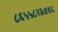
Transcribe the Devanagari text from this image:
८६५५८२३७४८